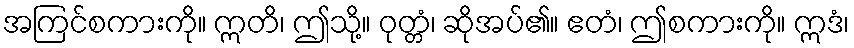
အကြင်စကားကို။ ဣတိ၊ ဤသို့။ ဝုတ္တံ၊ ဆိုအပ်၏။ ဧတံ၊ ဤစကားကို။ ဣဒံ၊